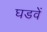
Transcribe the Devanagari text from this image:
घडवें